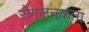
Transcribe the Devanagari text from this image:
रोगजनकता